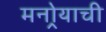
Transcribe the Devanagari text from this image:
मनोर्‍याची